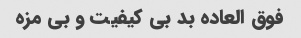
فوق العاده بد بی کیفیت و بی مزه